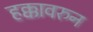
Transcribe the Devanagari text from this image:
हक्कावरुन